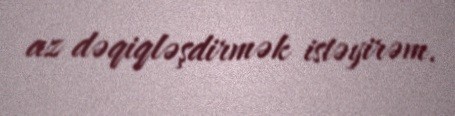
az dəqiqləşdirmək istəyirəm.